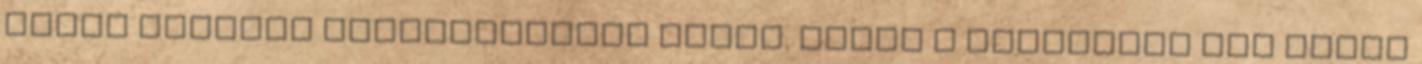
ilyen jellegű receptoldalon nincs. Mától a munkánkat egy profi